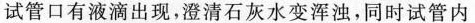
试管口有液滴出现，澄清石灰水变浑浊，同时试管内